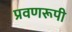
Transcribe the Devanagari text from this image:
प्रवणरूपी